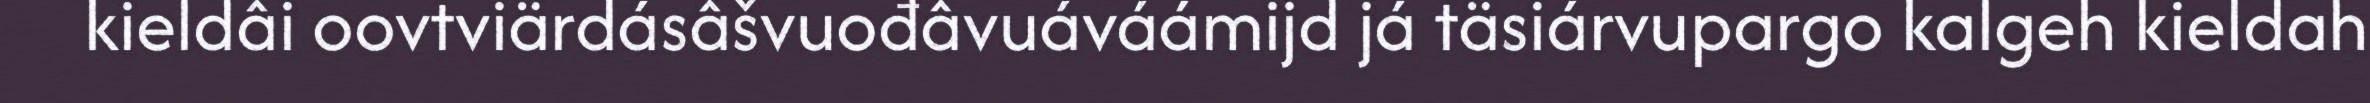
kieldâi oovtviärdásâšvuođâvuáváámijd já täsiárvupargo kalgeh kieldah